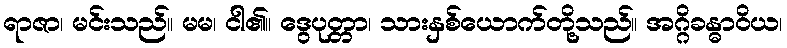
ရာဇာ၊ မင်းသည်။ မမ၊ ငါ၏။ ဒွေပုတ္တာ၊ သားနှစ်ယောက်တို့သည်။ အဂ္ဂိခန္ဓာဝိယ၊